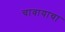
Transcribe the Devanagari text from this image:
चावायाचा